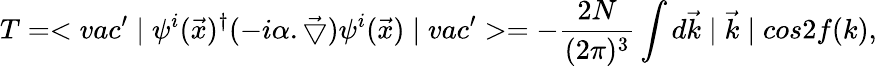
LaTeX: T=<vac^{\prime}\mid\psi^{i}(\vec{x})^{\dagger}(-i\alpha.{\vec{\bigtriangledown}})\psi^{i}(\vec{x})\mid vac^{\prime}>=-\frac{2N}{(2\pi)^{3}}\int d\vec{k}\mid\vec{k}\mid cos2f(k),